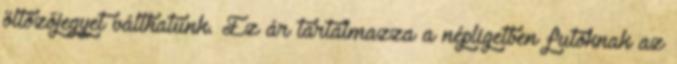
öltözőjegyet válthatunk. Ez ár tartalmazza a népligetben futóknak az